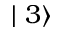
\mid 3 \rangle